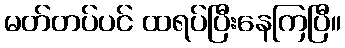
မတ်တပ်ပင် ထရပ်ပြီးနေကြပြီ။